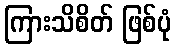
ကြားသိစိတ် ဖြစ်ပုံ